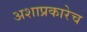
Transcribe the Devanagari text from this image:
अशाप्रकारेच